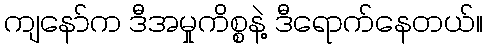
ကျနော်က ဒီအမှုကိစ္စနဲ့ ဒီရောက်နေတယ်။